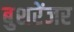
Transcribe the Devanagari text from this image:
बुशरेंजर